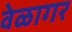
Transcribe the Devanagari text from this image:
वेळागर